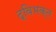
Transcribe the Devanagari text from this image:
द्विभक्त